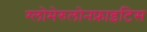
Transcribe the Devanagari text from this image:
ग्लोमेरुलोनफ्राइटिस